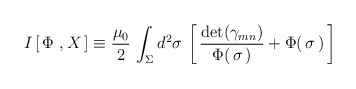
\begin{align*}I\left[\, \Phi\ , X\,\right]\equiv \frac{\mu_0}{2}\, \int_\Sigma d^2\sigma\,\left[\, {\mathrm{det}(\gamma_{mn})\over \Phi(\,\sigma\,)} + \Phi(\, \sigma\,)\,\right]\end{align*}